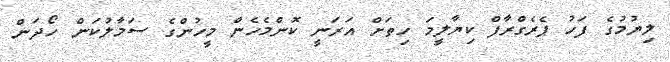
ލިޔުމުގެ ފަހު ޕެރެގްރާފް ކިޔާލީމަ ހިތަށް އަރަނީ ކޮންމެހެން މީހުންގެ ސަމާލުކަން ހޯދަން